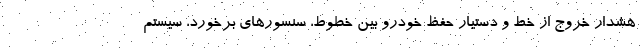
هشدار خروج از خط و دستیار حفظ خودرو بین خطوط، سنسورهای برخورد، سیستم